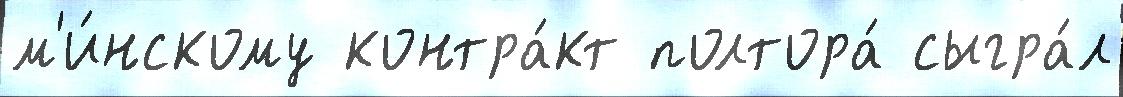
м'и́нскому контра́кт полтора́ сыгра́л